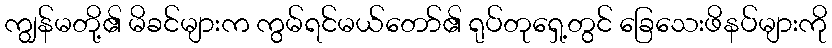
ကျွန်မတို့၏ မိခင်များက ကွမ်ရင်မယ်တော်၏ ရုပ်တုရှေ့တွင် ခြေသေးဖိနပ်များကို